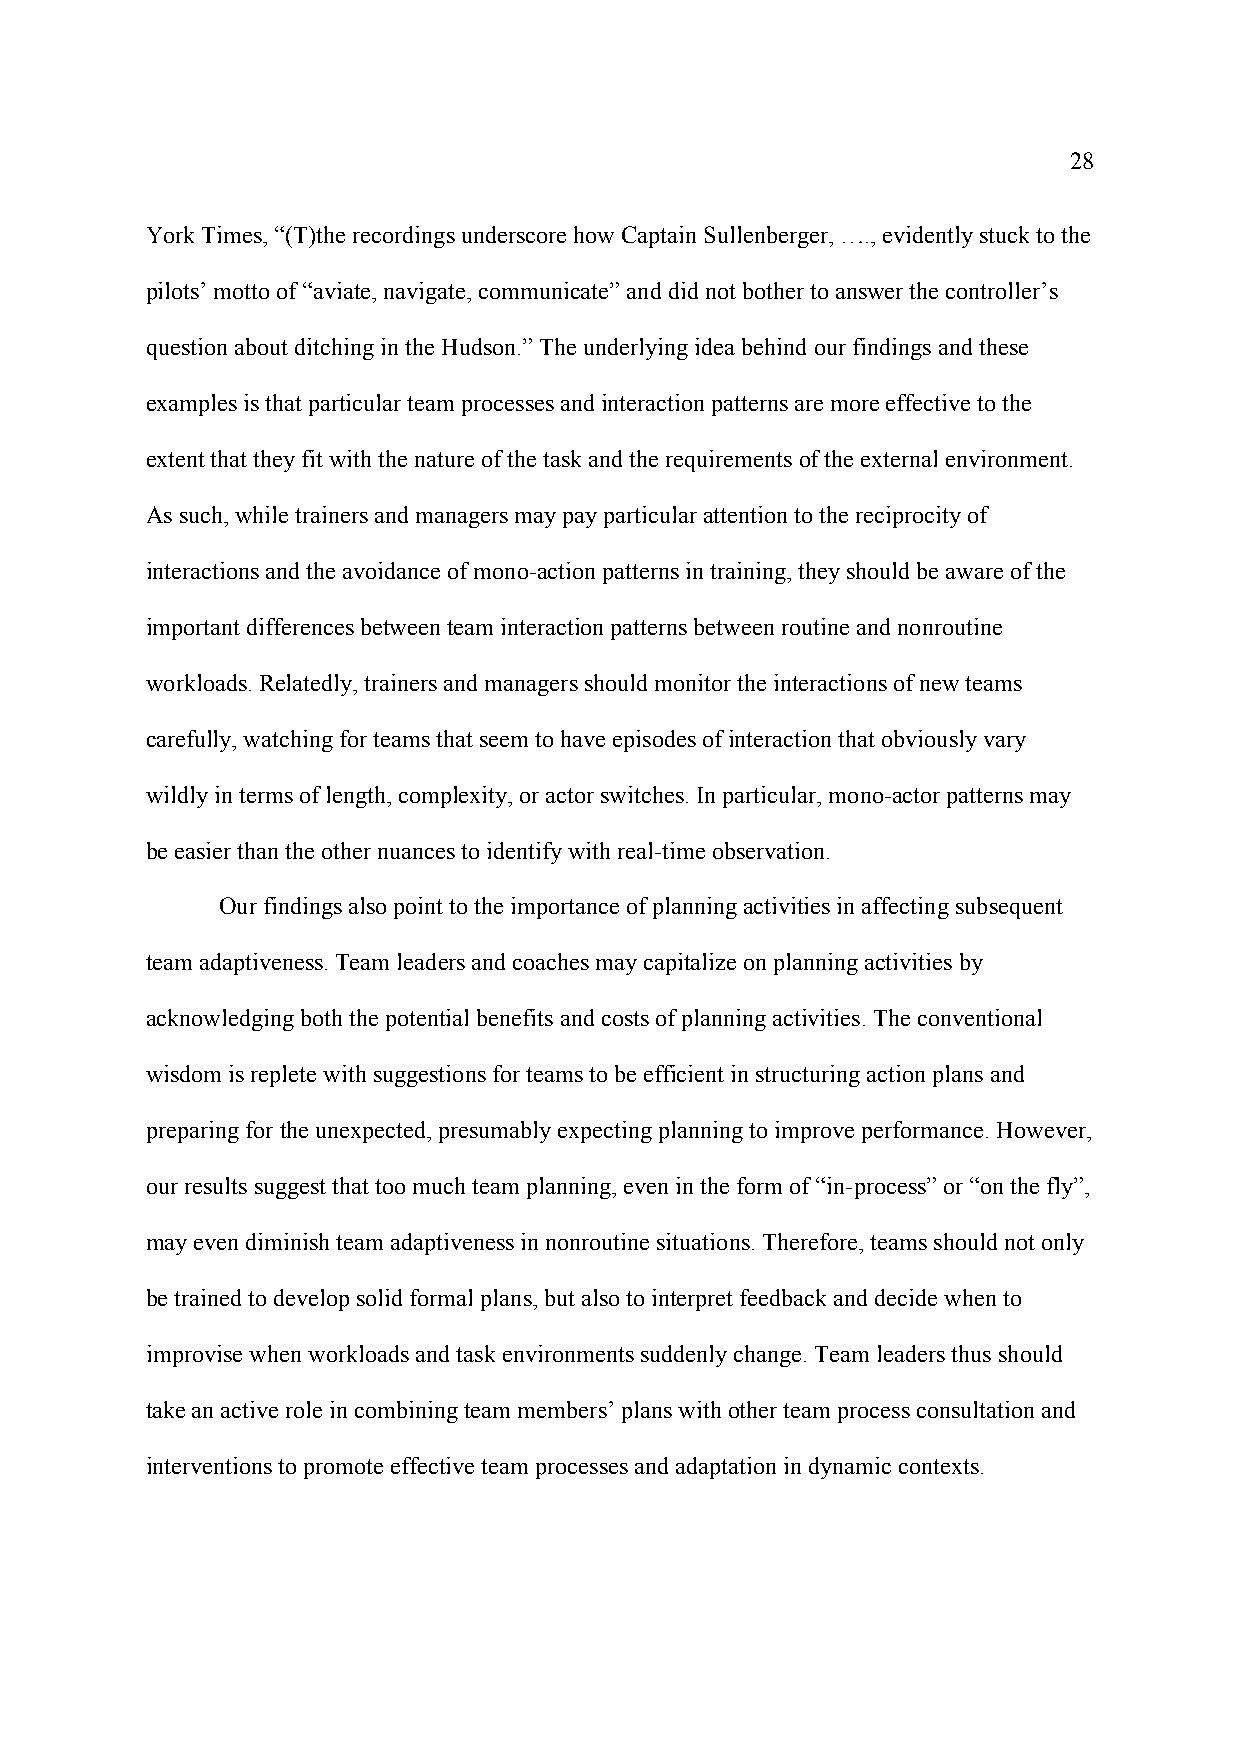
28
 York Times, “(T)the recordings underscore how Captain Sullenberger, …., evidently stuck to the
 pilots’ motto of “aviate, navigate, communicate” and did not bother to answer the controller’s
 question about ditching in the Hudson.” The underlying idea behind our findings and these
 examples is that particular team processes and interaction patterns are more effective to the
 extent that they fit with the nature of the task and the requirements of the external environment.
 As such, while trainers and managers may pay particular attention to the reciprocity of
 interactions and the avoidance of mono-action patterns in training, they should be aware of the
 important differences between team interaction patterns between routine and nonroutine
 workloads. Relatedly, trainers and managers should monitor the interactions of new teams
 carefully, watching for teams that seem to have episodes of interaction that obviously vary
 wildly in terms of length, complexity, or actor switches. In particular, mono-actor patterns may
 be easier than the other nuances to identify with real-time observation.
 Our findings also point to the importance of planning activities in affecting subsequent
 team adaptiveness. Team leaders and coaches may capitalize on planning activities by
 acknowledging both the potential benefits and costs of planning activities. The conventional
 wisdom is replete with suggestions for teams to be efficient in structuring action plans and
 preparing for the unexpected, presumably expecting planning to improve performance. However,
 our results suggest that too much team planning, even in the form of “in-process” or “on the fly”,
 may even diminish team adaptiveness in nonroutine situations. Therefore, teams should not only
 be trained to develop solid formal plans, but also to interpret feedback and decide when to
 improvise when workloads and task environments suddenly change. Team leaders thus should
 take an active role in combining team members’ plans with other team process consultation and
 interventions to promote effective team processes and adaptation in dynamic contexts.